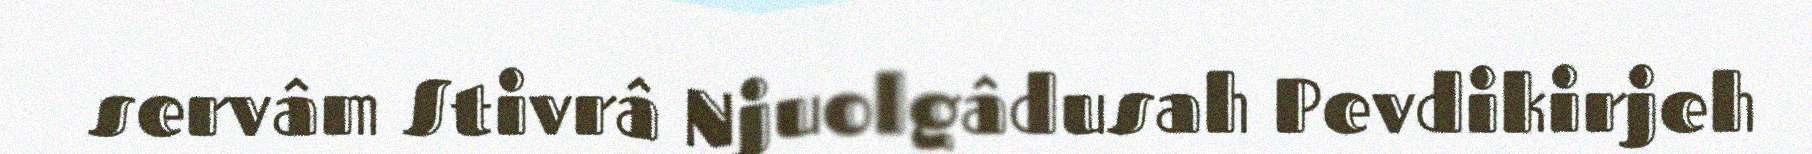
servâm Stivrâ Njuolgâdusah Pevdikirjeh